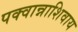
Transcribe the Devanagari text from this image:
पक्वान्नाशिवाय